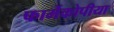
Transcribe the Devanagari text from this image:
फार्मेकोपीया